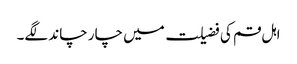
اہل قم کی فضیلت میں چار چاند لگے۔